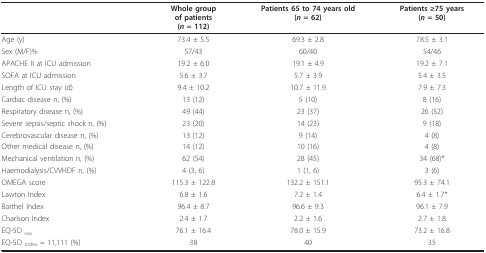
<table><thead><tr><td></td><td><b>Whole groupof patients(<i>n </i>= 112)</b></td><td><b>Patients 65 to 74 years old(<i>n </i>= 62)</b></td><td><b>Patients ≥75 years(<i>n </i>= 50)</b></td></tr></thead><tbody><tr><td>Age (y)</td><td>73.4 ± 5.5</td><td>69.3 ± 2.8</td><td>78.5 ± 3.1</td></tr><tr><td>Sex (M/F)%</td><td>57/43</td><td>60/40</td><td>54/46</td></tr><tr><td>APACHE II at ICU admission</td><td>19.2 ± 6.0</td><td>19.1 ± 4.9</td><td>19.2 ± 7.1</td></tr><tr><td>SOFA at ICU admission</td><td>5.6 ± 3.7</td><td>5.7 ± 3.9</td><td>5.4 ± 3.5</td></tr><tr><td>Length of ICU stay (d)</td><td>9.4 ± 10.2</td><td>10.7 ± 11.9</td><td>7.9 ± 7.3</td></tr><tr><td>Cardiac disease n, (%)</td><td>13 (12)</td><td>5 (10)</td><td>8 (16)</td></tr><tr><td>Respiratory disease n, (%)</td><td>49 (44)</td><td>23 (37)</td><td>26 (52)</td></tr><tr><td>Severe sepsis/septic shock n, (%)</td><td>23 (20)</td><td>14 (23)</td><td>9 (18)</td></tr><tr><td>Cerebrovascular disease n, (%)</td><td>13 (12)</td><td>9 (14)</td><td>4 (8)</td></tr><tr><td>Other medical disease n, (%)</td><td>14 (12)</td><td>10 (16)</td><td>4 (8)</td></tr><tr><td>Mechanical ventilation n, (%)</td><td>62 (54)</td><td>28 (45)</td><td>34 (68)*</td></tr><tr><td>Haemodialysis/CVVHDF n, (%)</td><td>4 (3, 6)</td><td>1 (1, 6)</td><td>3 (6)</td></tr><tr><td>OMEGA score</td><td>115.3 ± 122.8</td><td>132.2 ± 151.1</td><td>95.3 ± 74.1</td></tr><tr><td>Lawton Index</td><td>6.8 ± 1.6</td><td>7.2 ± 1.4</td><td>6.4 ± 1.7*</td></tr><tr><td>Barthel Index</td><td>96.4 ± 8.7</td><td>96.6 ± 9.3</td><td>96.1 ± 7.9</td></tr><tr><td>Charlson Index</td><td>2.4 ± 1.7</td><td>2.2 ± 1.6</td><td>2.7 ± 1.8</td></tr><tr><td>EQ-5D <sub>vas</sub></td><td>76.1 ± 16.4</td><td>78.0 ± 15.9</td><td>73.2 ± 16.8</td></tr><tr><td>EQ-5D <sub>index </sub>= 11,111 (%)</td><td>38</td><td>40</td><td>35</td></tr></tbody></table>